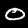
Digit: 0